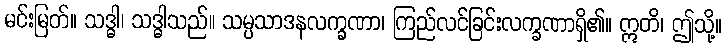
မင်းမြတ်။ သဒ္ဓါ၊ သဒ္ဓါသည်။ သမ္ပသာဒနလက္ခဏာ၊ ကြည်လင်ခြင်းလက္ခဏာရှိ၏။ ဣတိ၊ ဤသို့။